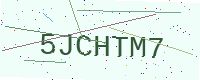
Text: 5JCHTM7